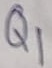
Text: Q1